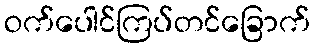
ဝက်ပေါင်ကြပ်တင်ခြောက်